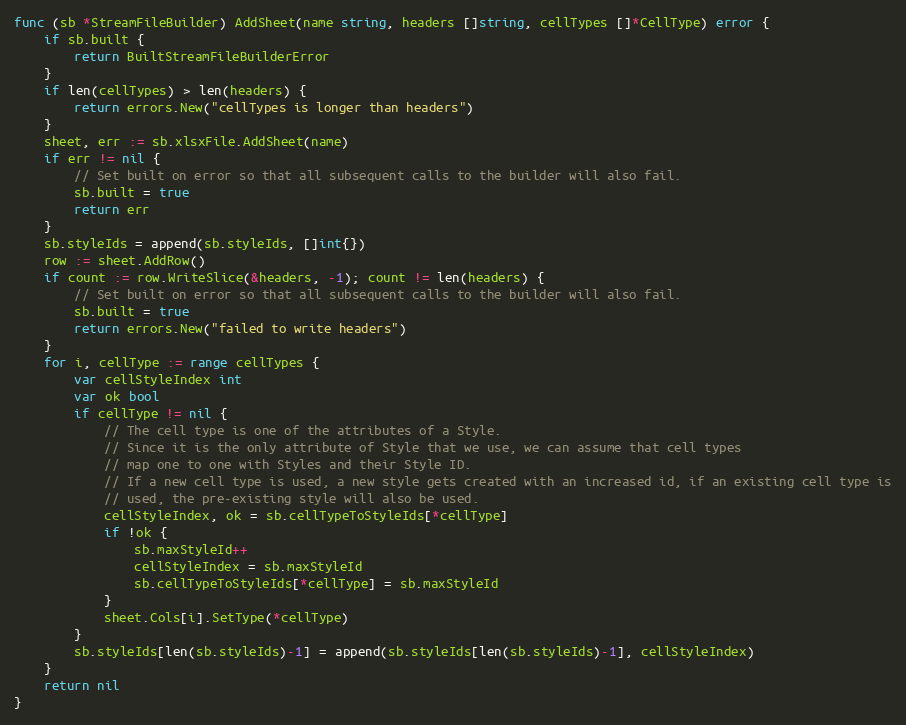
Language: Go
func (sb *StreamFileBuilder) AddSheet(name string, headers []string, cellTypes []*CellType) error {
	if sb.built {
		return BuiltStreamFileBuilderError
	}
	if len(cellTypes) > len(headers) {
		return errors.New("cellTypes is longer than headers")
	}
	sheet, err := sb.xlsxFile.AddSheet(name)
	if err != nil {
		// Set built on error so that all subsequent calls to the builder will also fail.
		sb.built = true
		return err
	}
	sb.styleIds = append(sb.styleIds, []int{})
	row := sheet.AddRow()
	if count := row.WriteSlice(&headers, -1); count != len(headers) {
		// Set built on error so that all subsequent calls to the builder will also fail.
		sb.built = true
		return errors.New("failed to write headers")
	}
	for i, cellType := range cellTypes {
		var cellStyleIndex int
		var ok bool
		if cellType != nil {
			// The cell type is one of the attributes of a Style.
			// Since it is the only attribute of Style that we use, we can assume that cell types
			// map one to one with Styles and their Style ID.
			// If a new cell type is used, a new style gets created with an increased id, if an existing cell type is
			// used, the pre-existing style will also be used.
			cellStyleIndex, ok = sb.cellTypeToStyleIds[*cellType]
			if !ok {
				sb.maxStyleId++
				cellStyleIndex = sb.maxStyleId
				sb.cellTypeToStyleIds[*cellType] = sb.maxStyleId
			}
			sheet.Cols[i].SetType(*cellType)
		}
		sb.styleIds[len(sb.styleIds)-1] = append(sb.styleIds[len(sb.styleIds)-1], cellStyleIndex)
	}
	return nil
}